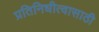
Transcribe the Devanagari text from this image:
प्रतिनिधीत्वासाठी